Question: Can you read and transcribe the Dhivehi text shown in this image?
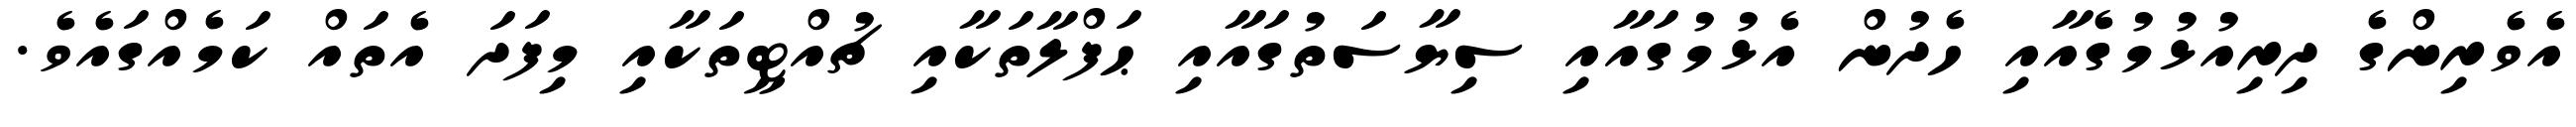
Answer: އެވެރިންގެ ދިރިއުޅުމުގެއާއި ހެދުން އެޅުމުގައާއި ސިޔާސަތުގައާއި ޙަފްލާތަކާއި ޗުއްޓީތަކާއި މިފަދަ އެތައް ކަމެއްގައެވެ.